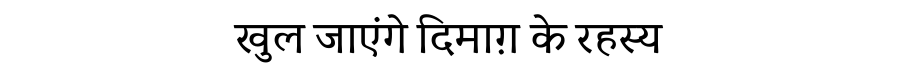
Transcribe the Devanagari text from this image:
खुल जाएंगे दिमाग़ के रहस्य